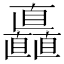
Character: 矗